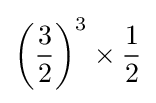
\left({\frac {3}{2}}\right)^{3}\times {\frac {1}{2}}